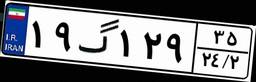
۱۹گ۱۲۹۳۵